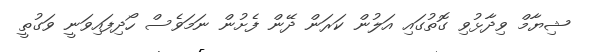
ޝިޔާމް ވިދާޅުވި ގޮތުގައި އަލުން ކަރަން ދޭން ފެށުން ނަމަވެސް ހޯދިފައިވަނީ ވަގުތީ